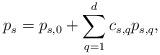
LaTeX: \begin{align*}p_{s} = p_{s,0} + \sum_{q=1}^d c_{s,q} p_{s,q}, \end{align*}